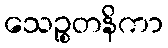
သေဉ္စတနိကာ